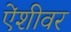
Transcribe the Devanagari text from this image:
ऐंशीवर